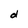
Character: d